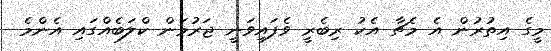
މީގެ އިތުރުން އެ މެޗާ އެކު ރިބެރީ ވެފައިވަނީ ޖަރުމަން ކްލަބެއްގައި އެންމެ